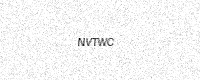
Text: NVTWC